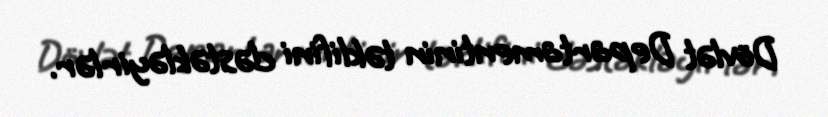
Dövlət Departamentinin təklifini dəstəkləyirlər.